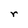
Character: r